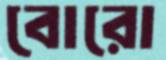
বোরো